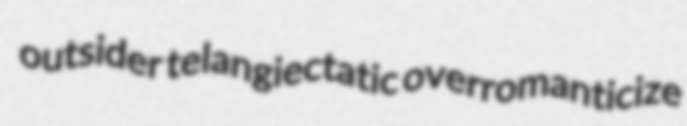
outsider telangiectatic overromanticize